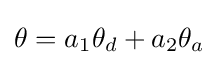
\theta =a_{1}\theta _{d}+a_{2}\theta _{a}